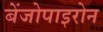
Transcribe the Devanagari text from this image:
बेंजोपाइरोन